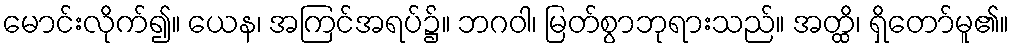
မောင်းလိုက်၍။ ယေန၊ အကြင်အရပ်၌။ ဘဂဝါ၊ မြတ်စွာဘုရားသည်။ အတ္ထိ၊ ရှိတော်မူ၏။